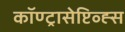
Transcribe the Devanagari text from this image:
कॉण्ट्रासेप्टिव्ह्स